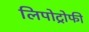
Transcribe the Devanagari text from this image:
लिपोट्रोफी